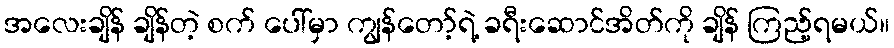
အလေးချိန် ချိန်တဲ့ စက် ပေါ်မှာ ကျွန်တော့်ရဲ့ ခရီးဆောင်အိတ်ကို ချိန် ကြည့်ရမယ်။